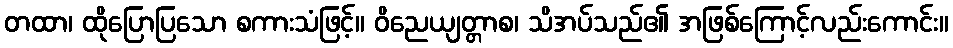
တထာ၊ ထိုပြောပြသော စကားသံဖြင့်။ ဝိညေယျတ္တာစ၊ သိအပ်သည်၏ အဖြစ်ကြောင့်လည်းကောင်း။